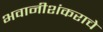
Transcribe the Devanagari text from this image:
भवानीशंकराचे